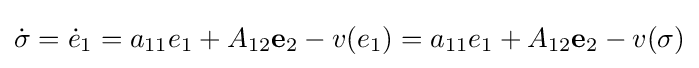
{\dot {\sigma }}={\dot {e}}_{1}=a_{11}e_{1}+A_{12}\mathbf {e} _{2}-v(e_{1})=a_{11}e_{1}+A_{12}\mathbf {e} _{2}-v(\sigma )